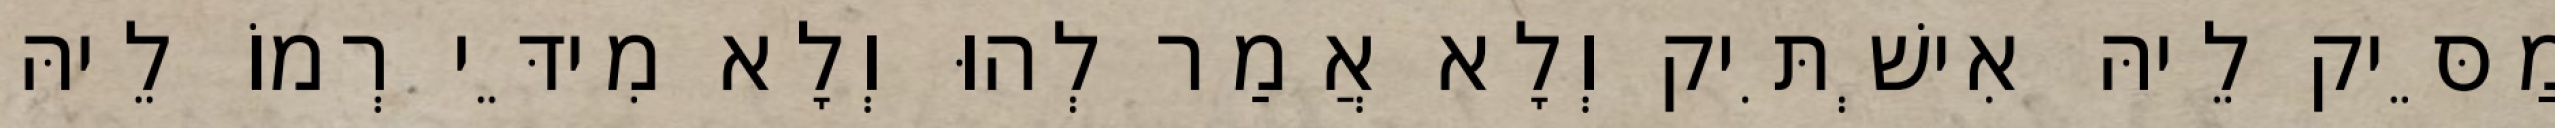
מַסֵּיק לֵיהּ אִישְׁתִּיק וְלָא אֲמַר לְהוּ וְלָא מִידֵּי רְמוֹ לֵיהּ